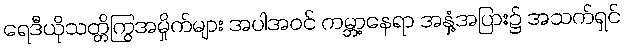
ရေဒီယိုသတ္တိကြွအမှိုက်များ အပါအဝင် ကမ္ဘာ့နေရာ အနှံ့အပြား၌ အသက်ရှင်